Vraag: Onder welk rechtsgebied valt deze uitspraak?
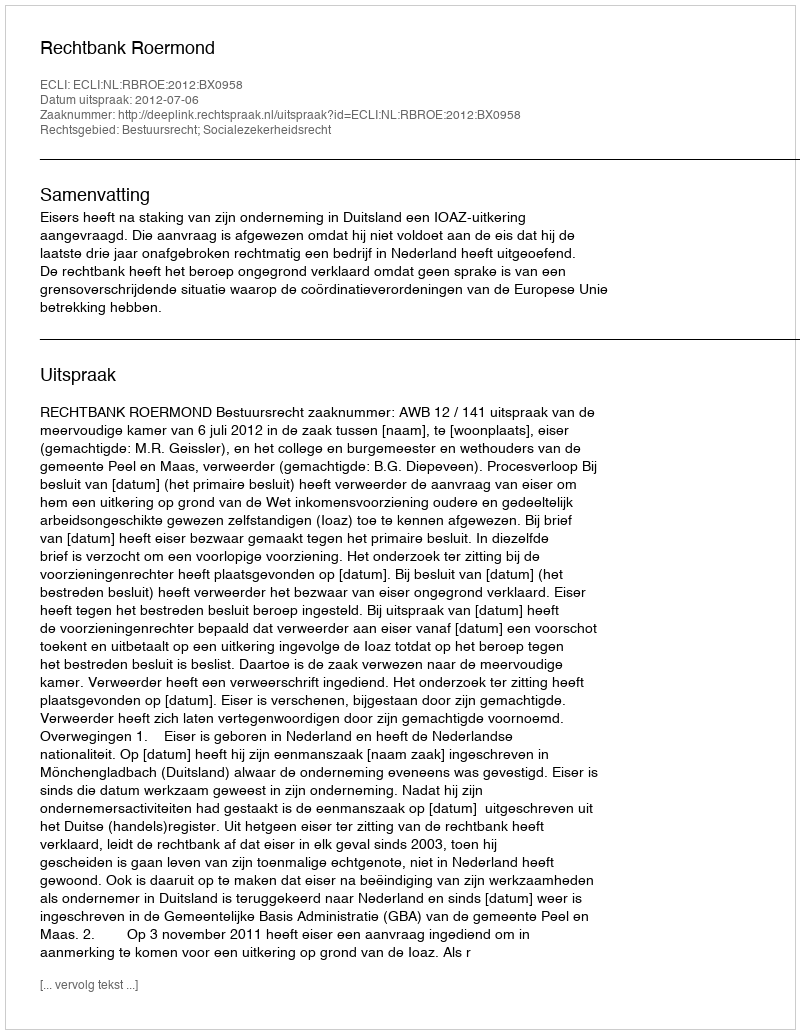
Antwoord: Bestuursrecht; Socialezekerheidsrecht